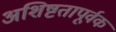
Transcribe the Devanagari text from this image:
अशिष्टतापूर्वक